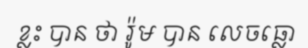
ខ្លះ បាន ថា រ៉ូម បាន លេចធ្លោ